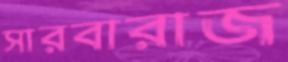
সারবারাজ